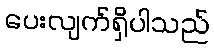
ပေးလျက်ရှိပါသည်